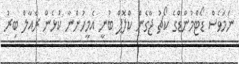
ނަމަވެސް ޑޯޓްމުންޑްގެ ކޯޗު ޖާގެން ކްލޮޕް ބުނީ އެމީހުންނާ ކުޅެން ރެއާލް ބިރު